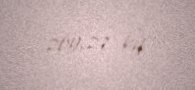
269,27 kq